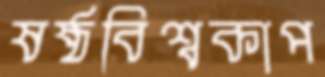
ষষ্ঠবিশ্বকাপ